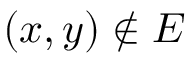
( x , y ) \notin E